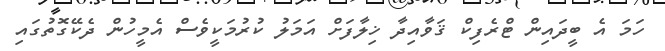
ހަމަ އެ ބީދައިން ޓްރެފިކް ޤަވާއިދާ ޚިލާފަށް އަމަލު ކުރުމަކީވެސް އެމީހުން ދެކޭގޮތުގައި